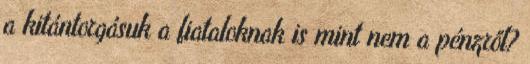
a kitántorgásuk a fiataloknak is mint nem a pénzről?